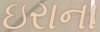
ઇરાના